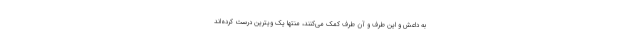
به داعش و این طرف و آن طرف کمک می‌کنند، منتها یک ویترین درست کرده‌اند